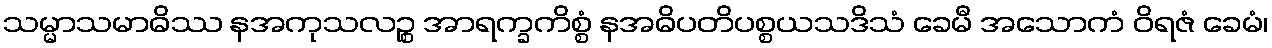
သမ္မာသမာဓိဿ နအကုသလဉ္စ အာရက္ခကိစ္စံ နအဓိပတိပစ္စယသဒိသံ ခေမီ အသောကံ ဝိရဇံ ခေမံ၊